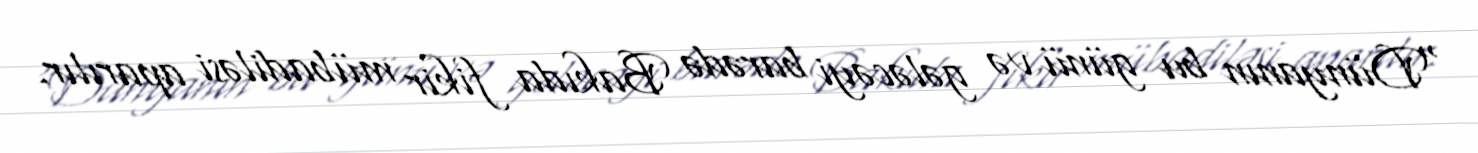
“Dünyanın bu günü və gələcəyi barədə Bakıda fikir mübadiləsi aparılır.